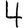
Digit: 4